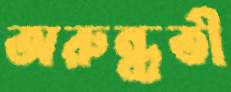
অরুন্ধতী